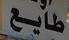
طايع